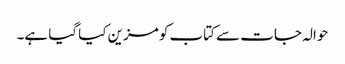
حوالہ جات سے کتاب کو مزین کیا گیا ہے۔